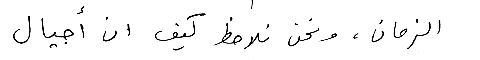
الزمان، ونحن نلاحظ كيف ان أجيال